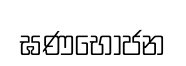
ඝණභෝජන